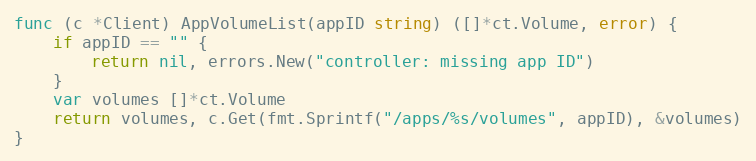
Language: Go
func (c *Client) AppVolumeList(appID string) ([]*ct.Volume, error) {
	if appID == "" {
		return nil, errors.New("controller: missing app ID")
	}
	var volumes []*ct.Volume
	return volumes, c.Get(fmt.Sprintf("/apps/%s/volumes", appID), &volumes)
}